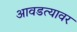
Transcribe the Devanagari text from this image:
आवडत्यावर